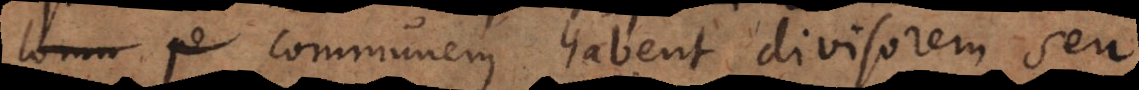
communem habent divisorem seu